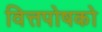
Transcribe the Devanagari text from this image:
वित्तपोषको